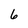
Character: 6